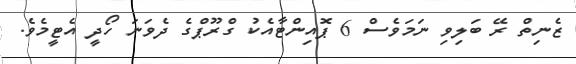
ޒެނިތް ރޭ ބަލިވި ނަމަވެސް 6 ޕޮއިންޓާއެކު ގްރޫޕްގެ ދެވަނަ ހޯދީ އެޓީމެވެ.